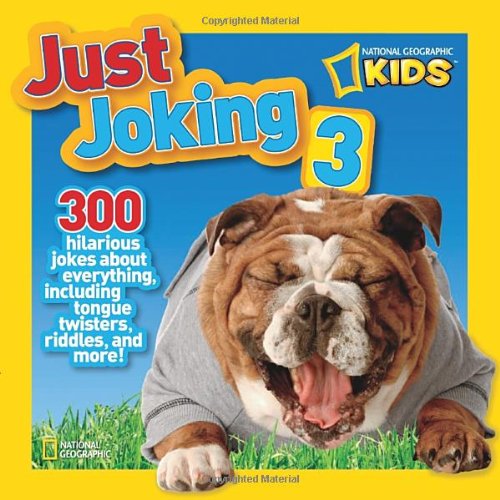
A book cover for National Geographic Kids Just Joking 3: 300 Hilarious Jokes About Everything, Including Tongue Twisters, Riddles, and More!; Ruth A. Musgrave; Children's Books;